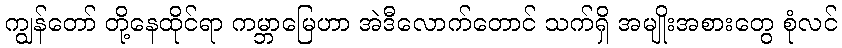
ကျွန်တော် တို့နေထိုင်ရာ ကမ္ဘာမြေဟာ အဲဒီလောက်တောင် သက်ရှိ အမျိုးအစားတွေ စုံလင်